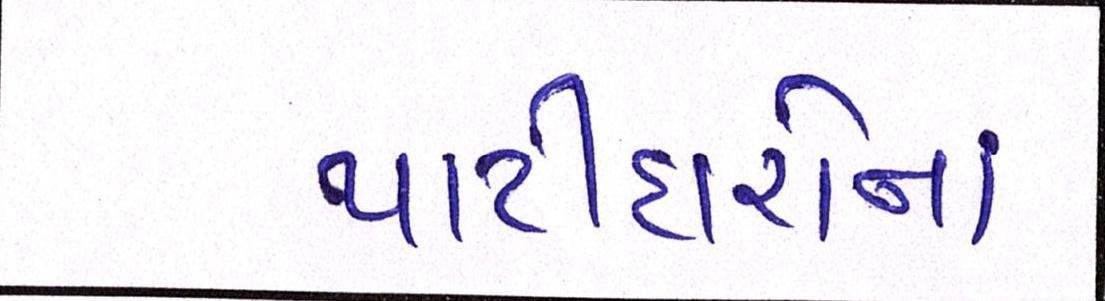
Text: પાટીદારોનાં